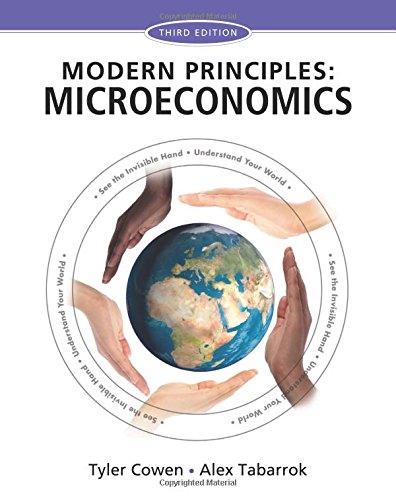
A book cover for Modern Principles of Microeconomics; Tyler Cowen; Business & Money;